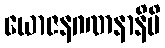
ယောဇနဂဏနာနိပိ